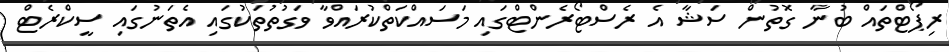
ރިޕޯޓްތައް ބުނާ ގޮތުން ސަޝާ އެ ރެސްޓޯރެންޓްގައި މަސައްކަތްކުރައްވާ ވަގުތުތަކުގައި އެތަނުގައި ސީކްރެޓް